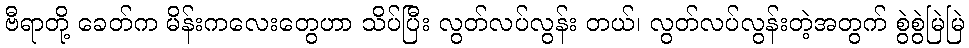
ဗီရာတို့ ခေတ်က မိန်းကလေးတွေဟာ သိပ်ပြီး လွတ်လပ်လွန်း တယ်၊ လွတ်လပ်လွန်းတဲ့အတွက် စွဲစွဲမြဲမြဲ